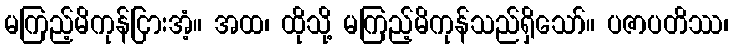
မကြည့်မိကုန်ငြားအံ့။ အထ၊ ထိုသို့ မကြည့်မိကုန်သည်ရှိသော်။ ပဇာပတိဿ၊